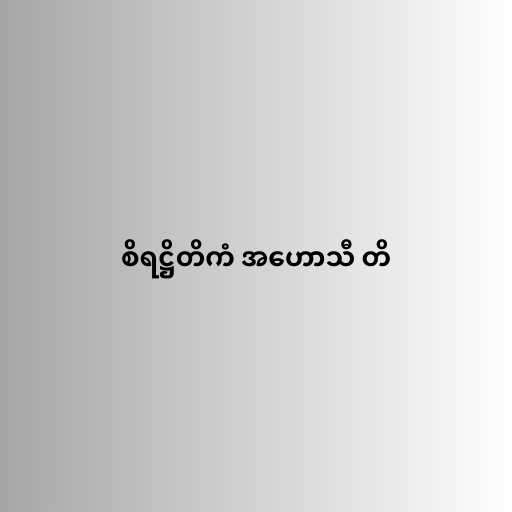
စိရဋ္ဌိတိကံ အဟောသီ တိ